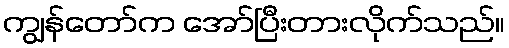
ကျွန်တော်က အော်ပြီးတားလိုက်သည်။